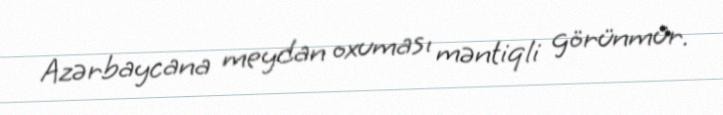
Azərbaycana meydan oxuması məntiqli görünmür.